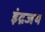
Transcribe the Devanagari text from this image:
इंद्रजय